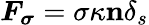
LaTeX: \boldsymbol{F_{\sigma}}=\sigma\kappa\mathbf{n}\delta_{s}